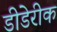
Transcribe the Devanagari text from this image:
डीडेरीक